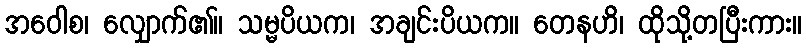
အဝေါစ၊ လျှောက်၏။ သမ္မပိယက၊ အချင်းပိယက။ တေနဟိ၊ ထိုသို့တပြီးကား။